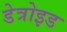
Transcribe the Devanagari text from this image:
डेत्रोइड